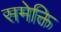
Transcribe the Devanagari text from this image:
समेक्ति